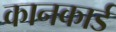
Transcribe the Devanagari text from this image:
कानकार्ड